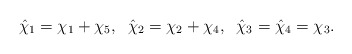
\begin{align*}\hat\chi_{1}=\chi_{1}+\chi_{5},\;\;\hat\chi_{2}=\chi_{2}+\chi_{4},\;\; \hat\chi_{3}=\hat\chi_{4}=\chi_{3}. \end{align*}